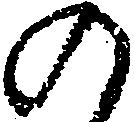
の